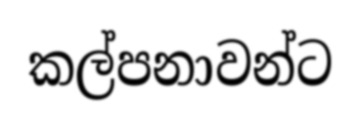
කල්පනාවන්ට